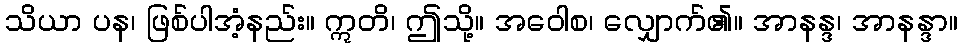
သိယာ ပန၊ ဖြစ်ပါအံ့နည်း။ ဣတိ၊ ဤသို့။ အဝေါစ၊ လျှောက်၏။ အာနန္ဒ၊ အာနန္ဒာ။